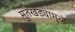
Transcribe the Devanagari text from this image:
मुतखड्यामुळे